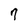
Character: 7